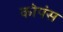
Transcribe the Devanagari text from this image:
कोपंस